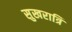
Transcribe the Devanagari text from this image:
सुखरात्रि